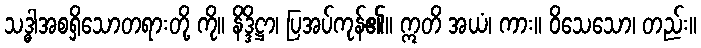
သဒ္ဓါအစရှိသောတရားတို့ ကို။ နိဒ္ဒိဋ္ဌာ၊ ပြအပ်ကုန်၏။ ဣတိ အယံ၊ ကား။ ဝိသေသော၊ တည်း။